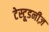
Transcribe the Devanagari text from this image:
टेस्टूडनीज़